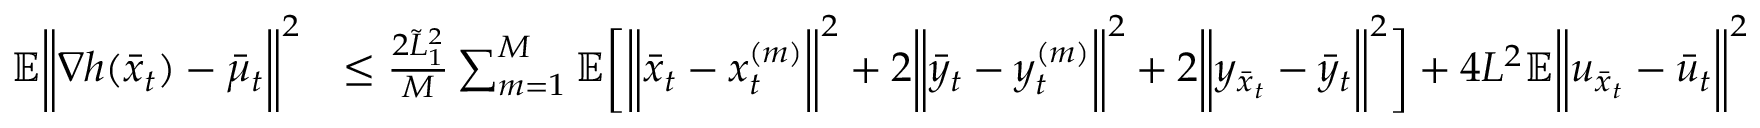
\begin{array} { r l } { \mathbb { E } \bigg \| \nabla h ( \bar { x } _ { t } ) - \bar { \mu } _ { t } \bigg \| ^ { 2 } } & { \leq \frac { 2 \tilde { L } _ { 1 } ^ { 2 } } { M } \sum _ { m = 1 } ^ { M } \mathbb { E } \bigg [ \bigg \| \bar { x } _ { t } - x _ { t } ^ { ( m ) } \bigg \| ^ { 2 } + 2 \bigg \| \bar { y } _ { t } - y _ { t } ^ { ( m ) } \bigg \| ^ { 2 } + 2 \bigg \| y _ { \bar { x } _ { t } } - \bar { y } _ { t } \bigg \| ^ { 2 } \bigg ] + 4 L ^ { 2 } \mathbb { E } \bigg \| u _ { \bar { x } _ { t } } - \bar { u } _ { t } \bigg \| ^ { 2 } } \end{array}